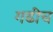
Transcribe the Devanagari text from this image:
गढीच